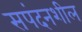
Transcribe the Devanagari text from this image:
सपंदनशील